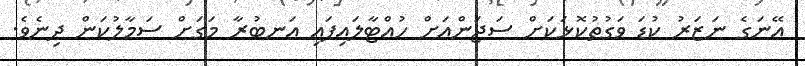
އޭނަގެ ނަޒަރު ކުޑަ ވަގުތުކޮޅަކަށް ސަޖަންއަށް ހުއްޓާލައިފައި އަނބުރާ މަގަށް ސަމާލުކަން ދިނެވެ.